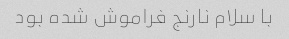
با سلام نارنج فراموش شده بود